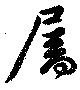
屬